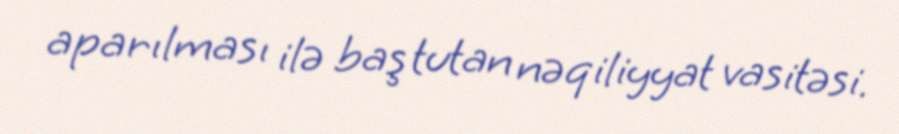
aparılması ilə baş tutan nəqiliyyat vasitəsi.